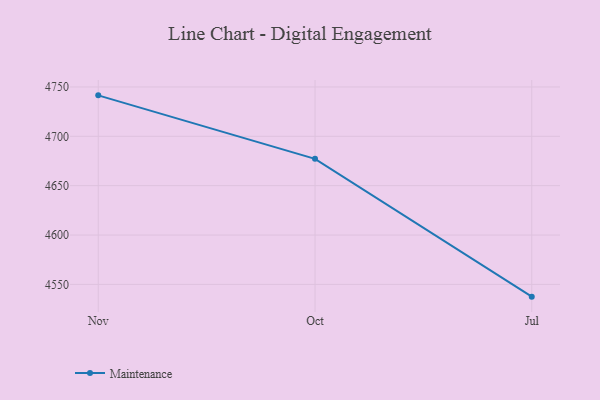
{"axis": {"x": "Month", "y": "Page Views"}, "legend": ["Maintenance"], "data": [{"x": "Nov", "y": 4741.5, "type": "Maintenance"}, {"x": "Oct", "y": 4677.2, "type": "Maintenance"}, {"x": "Jul", "y": 4537.6, "type": "Maintenance"}]}